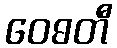
ဝေဓတီ